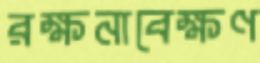
রক্ষনাবেক্ষণ